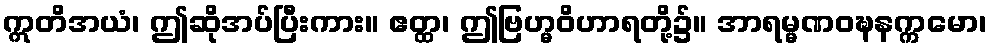
ဣတိအယံ၊ ဤဆိုအပ်ပြီးကား။ ဧတ္ထ၊ ဤဗြဟ္မဝိဟာရတို့၌။ အာရမ္မဏဝဍ္ဎနက္ကမော၊